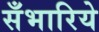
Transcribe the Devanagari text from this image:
सँभारिये